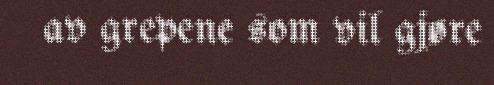
av grepene som vil gjøre